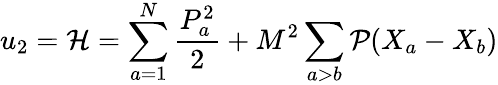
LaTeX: u_{2}={\cal H}=\sum_{a=1}^{N}\frac{P_{a}^{2}}{2}+M^{2}\sum_{a>b}{\cal P}(X_{a}-X_{b})